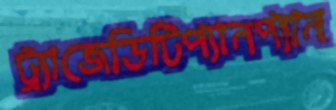
ট্র্যাজেডিটিপ্যানপ্যান